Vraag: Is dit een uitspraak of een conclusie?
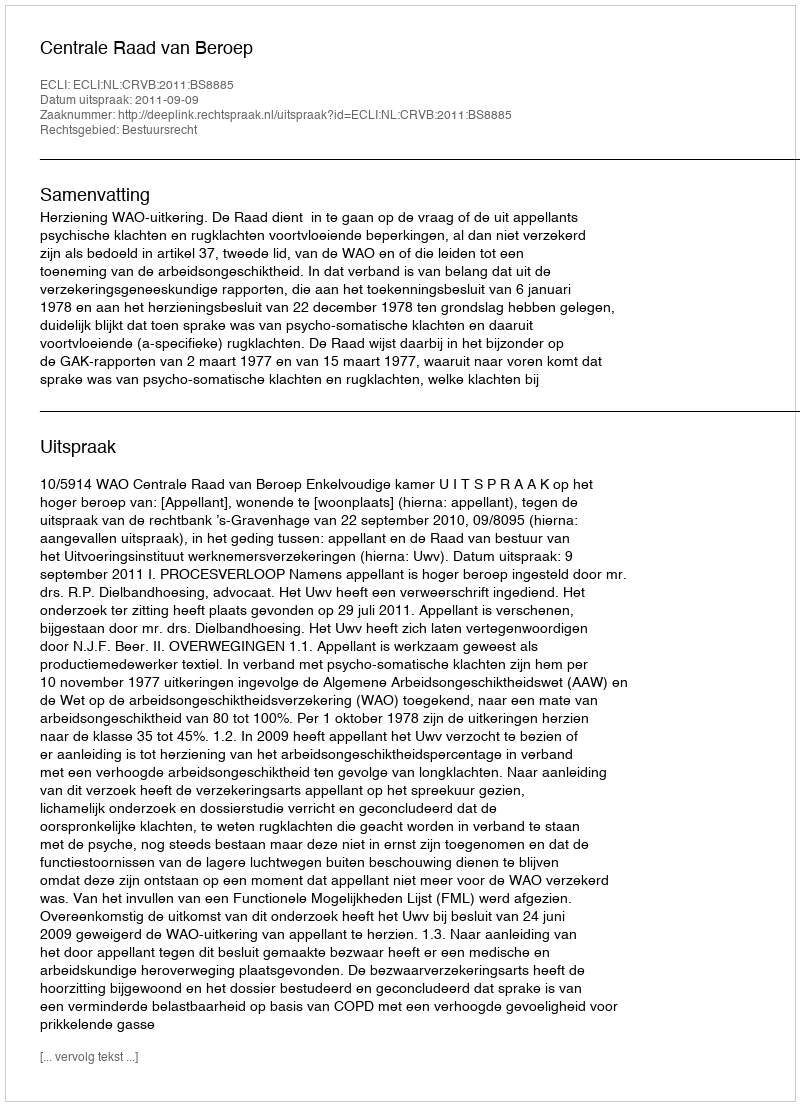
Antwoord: Uitspraak